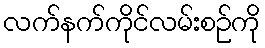
လက်နက်ကိုင်လမ်းစဉ်ကို